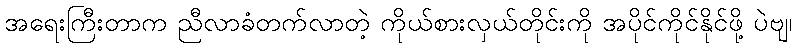
အရေးကြီးတာက ညီလာခံတက်လာတဲ့ ကိုယ်စားလှယ်တိုင်းကို အပိုင်ကိုင်နိုင်ဖို့ ပဲဗျ၊